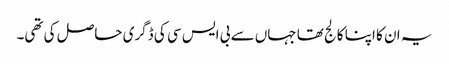
یہ ان کا اپنا کالج تھا جہاں سے بی ایس سی کی ڈگری حاصل کی تھی۔